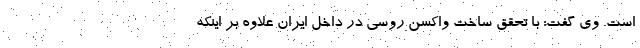
است. وی گفت: با تحقق ساخت واکسن روسی در داخل ایران علاوه بر اینکه